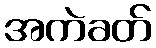
အကဲခတ်